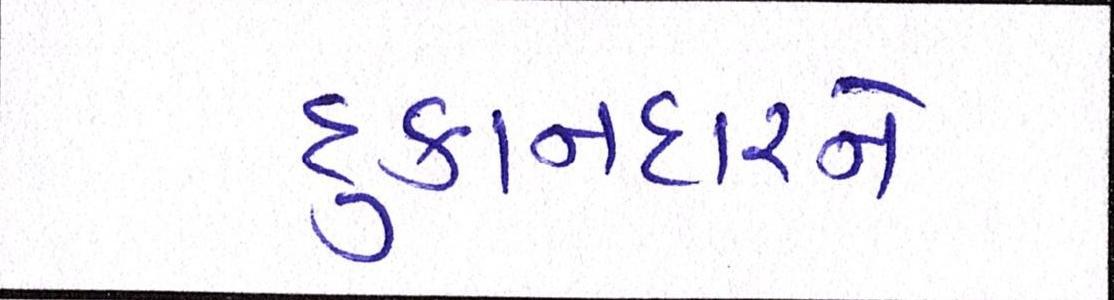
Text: દુકાનદારને